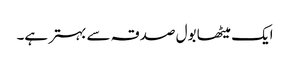
ایک میٹھا بول صدقہ سے بہتر ہے۔